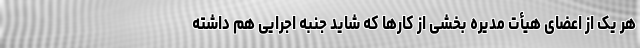
هر یک از اعضای هیأت مدیره بخشی از کارها که شاید جنبه اجرایی هم داشته